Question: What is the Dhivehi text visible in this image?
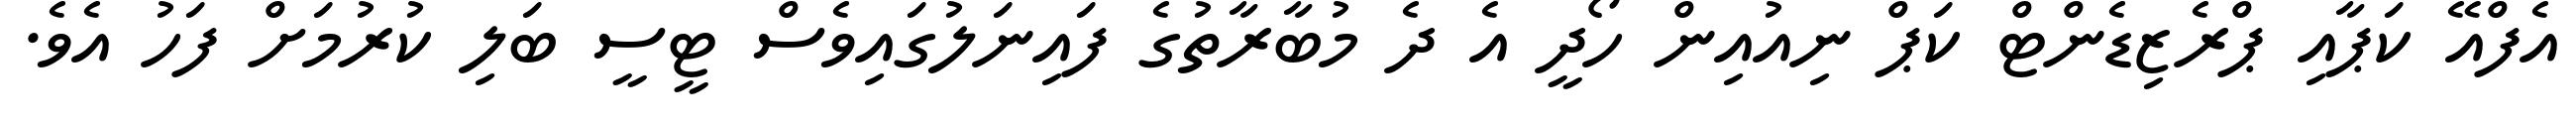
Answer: އެފްއޭ ކަޕާއި ޕްރެޒިޑެންޓް ކަޕް ނިއުއިން ހޯދީ އެ ދެ މުބާރާތުގެ ފައިނަލުގައިވެސް ޓީސީ ބަލި ކުރުމަށް ފަހު އެވެ.